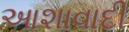
આશાવાદી